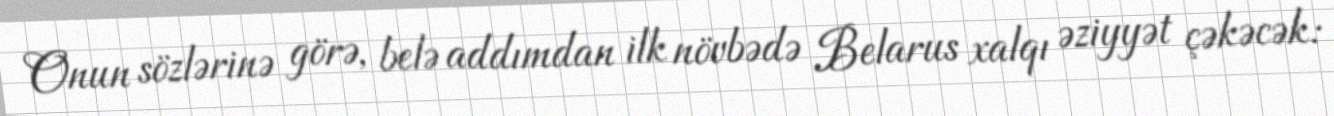
Onun sözlərinə görə, belə addımdan ilk növbədə Belarus xalqı əziyyət çəkəcək: